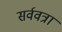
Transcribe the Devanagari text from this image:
सर्ववत्रा